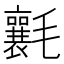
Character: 𣰶